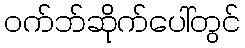
ဝက်ဘ်ဆိုက်ပေါ်တွင်